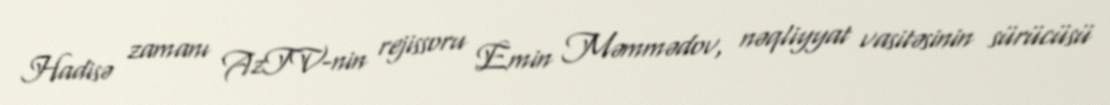
Hadisə zamanı AzTV-nin rejissoru Emin Məmmədov, nəqliyyat vasitəsinin sürücüsü